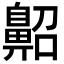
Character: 𪖠